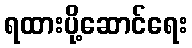
ရထားပို့ဆောင်ရေး